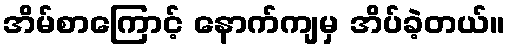
အိမ်စာကြောင့် နောက်ကျမှ အိပ်ခဲ့တယ်။